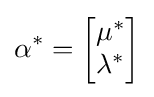
\mathbf {\alpha } ^{\ast }={\begin{bmatrix}\mu ^{*}\\\lambda ^{*}\end{bmatrix}}